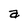
Character: a